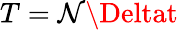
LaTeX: T=\mathcal{N}\Deltat